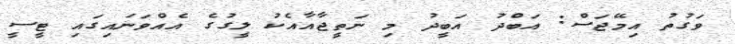
ވަގުތު އިމޭޖަސް: އަބްދު އަބީދު މި ނަތީޖާއާއެކު ލީގުގެ އެއްވަނައިގައި ޓީސީ